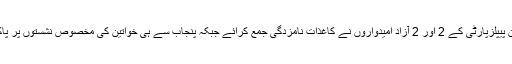
پیر کے روز جاری ہونے والی حتمی فہرست میں پنجاب سے 7 جنرل سیٹوں پر ن لیگ کے 9 ‘ پاکستان پیپلزپارٹی کے 2 اور 2 آزاد امیدواروں نے کاغذات نامزدگی جمع کرائے جبکہ پنجاب سے ہی خواتین کی مخصوص نشستوں پر پاکستان مسلم لیگ ن کی 3 جبکہ پاکستان پیپلزپارٹی کی ایک امیدواروں نے کاغذات نامزدگی جمع کرائے۔